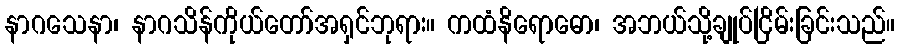
နာဂသေနာ၊ နာဂသိန်ကိုယ်တော်အရှင်ဘုရား။ ကထံနိရောဓော၊ အဘယ်သို့ချုပ်ငြိမ်းခြင်းသည်။